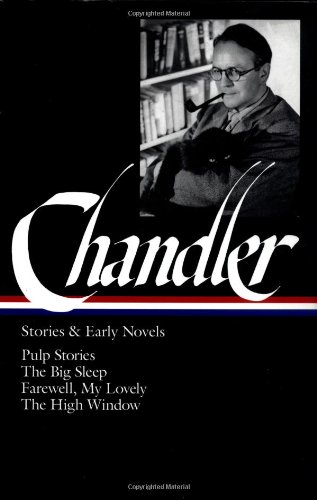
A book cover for Raymond Chandler: Stories and Early Novels: Pulp Stories / The Big Sleep / Farewell, My Lovely / The High Window (Library of America); Raymond Chandler; Mystery, Thriller & Suspense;